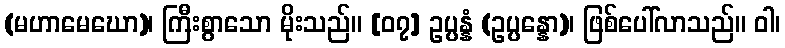
(မဟာမေဃော)၊ ကြီးစွာသော မိုးသည်။ [၀၇] ဥပ္ပန္နံ (ဥပ္ပန္နော)၊ ဖြစ်ပေါ်လာသည်။ ဝါ၊